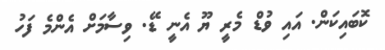
ކޮބައިކަން. އައި ވުޑް މެރީ ޔޫ އެނީ ޑޭ. ވިސާމަށް އެންމެ ފަހު